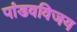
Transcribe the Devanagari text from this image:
पांडवविजय